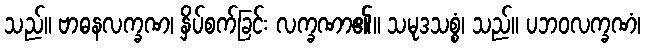
သည်။ ဗာဓနလက္ခဏ၊ နှိပ်စက်ခြင်း လက္ခဏာ၏။ သမုဒသစ္စံ၊ သည်။ ပဘဝလက္ခဏံ၊